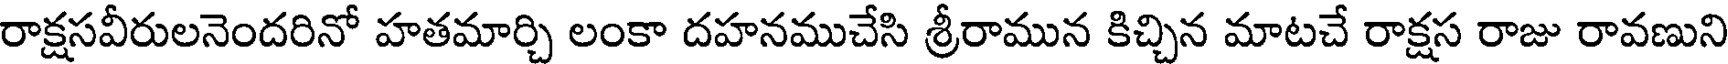
రాక్షసవీరులనెందరినో హతమార్చి లంకా దహనముచేసి శ్రీరామున కిచ్చిన మాటచే రాక్షస రాజు రావణుని